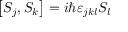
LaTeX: \left[ S _ { j } , S _ { k } \right] = i \hbar \varepsilon _ { j k l } S _ { l }